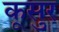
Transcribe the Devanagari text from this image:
कूसुर